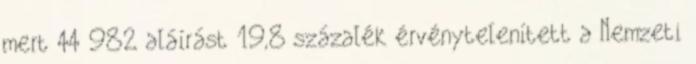
mert 44 982 aláírást 19,8 százalék érvénytelenített a Nemzeti